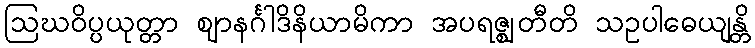
ဩဃဝိပ္ပယုတ္တာ ဈာနင်္ဂါဒိနိယာမိကာ အပရဇ္ဈတီတိ သဥပါဓေယျန္တိ